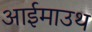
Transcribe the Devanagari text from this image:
आईमाउथ